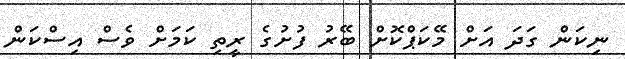
ނިކަން ގަދަ އަށް މޭކަޕްކޮށް ބޭރު ފުށުގެ ރީތި ކަމަށް ވެސް އިސްކަން